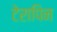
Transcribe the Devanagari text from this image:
टेरापिन